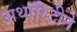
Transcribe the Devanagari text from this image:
अथॉरिटीने